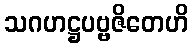
သဂဟဋ္ဌပဗ္ဗဇိတေဟိ